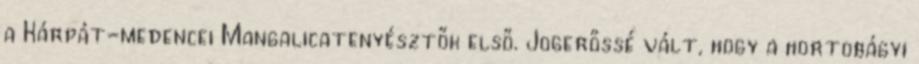
a Kárpát-medencei Mangalicatenyésztők első. Jogerőssé vált, hogy a hortobágyi